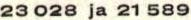
23 028 ja 21 589